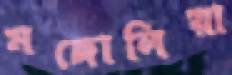
মঙ্গোলিয়া